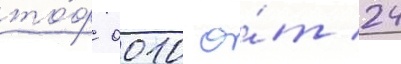
то́ф 0010 о́т 24